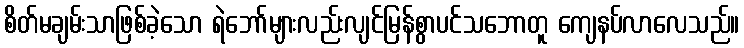
စိတ်မချမ်းသာဖြစ်ခဲ့သော ရဲဘော်များလည်းလျင်မြန်စွာပင်သဘောတူ ကျေနပ်လာလေသည်။